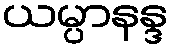
ယမ္ပာနန္ဒ